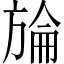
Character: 𣄇